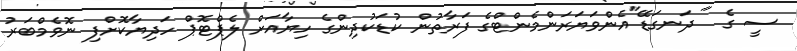
ސީ ގެ " ދަނގަޑޭ"އެންވަޔަރަންމެންޓްގެ ފަރާތުން ކުޑަކުދިންގެ ހިޔާއަށް ލެޕްޓޮޕް ހަދިޔާކޮށްފި ނޮވެމްބަރު